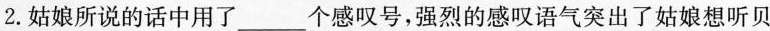
2.姑娘所说的话中用了___个感叹号，强烈的感叹语气突出了姑娘想听贝